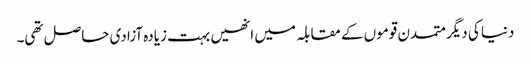
دنیا کی دیگر متمدن قوموں کے مقابلہ میں انھیں بہت زیادہ آزادی حاصل تھی۔